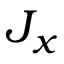
J _ { x }